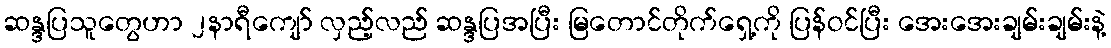
ဆန္ဒပြသူတွေဟာ ၂နာရီကျော် လှည့်လည် ဆန္ဒပြအပြီး မြတောင်တိုက်ရှေ့ကို ပြန်ဝင်ပြီး အေးအေးချမ်းချမ်းနဲ့